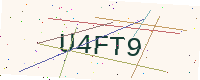
Text: U4FT9